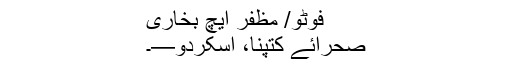
فوٹو/ مظفر ایچ بخاری
صحرائے کتپنا، اسکردو—۔